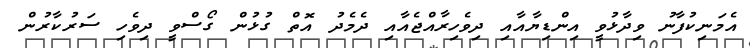
އެމަނިކުފާނު ވިދާޅުވީ އިންޑިޔާއާއި ދިވެހިރާއްޖެއާއި ދެމެދު އޮތް ގުޅުން ގޯސްވީ ދިވެހި ސަރުކާރުން